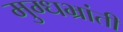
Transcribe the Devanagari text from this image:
मुग्धभ्रांती